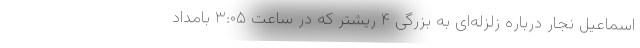
اسماعیل نجار درباره زلزله‌ای به بزرگی ۴ ریشتر که در ساعت ۳:۰۵ بامداد